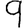
Digit: 9